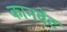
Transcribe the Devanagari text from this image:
कानवेंट